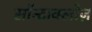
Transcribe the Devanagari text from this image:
सॉन्टाक्लोज़